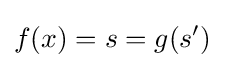
f(x)=s=g(s')